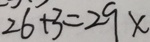
2 6 + 3 = 2 9 x